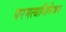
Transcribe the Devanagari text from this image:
परमत्थविनिश्चय